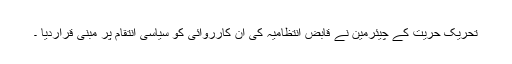
تحریک حریت کے چیئرمین نے قابض انتظامیہ کی ان کارروائی کو سیاسی انتقام پر مبنی قراردیا ۔